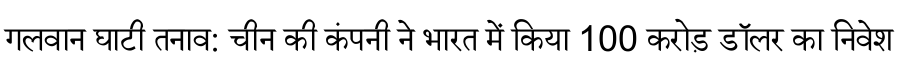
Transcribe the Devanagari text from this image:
गलवान घाटी तनाव: चीन की कंपनी ने भारत में किया 100 करोड़ डॉलर का निवेश